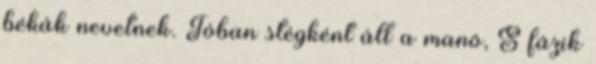
békák nevetnek. Tóban stégként áll a manó, S fázik